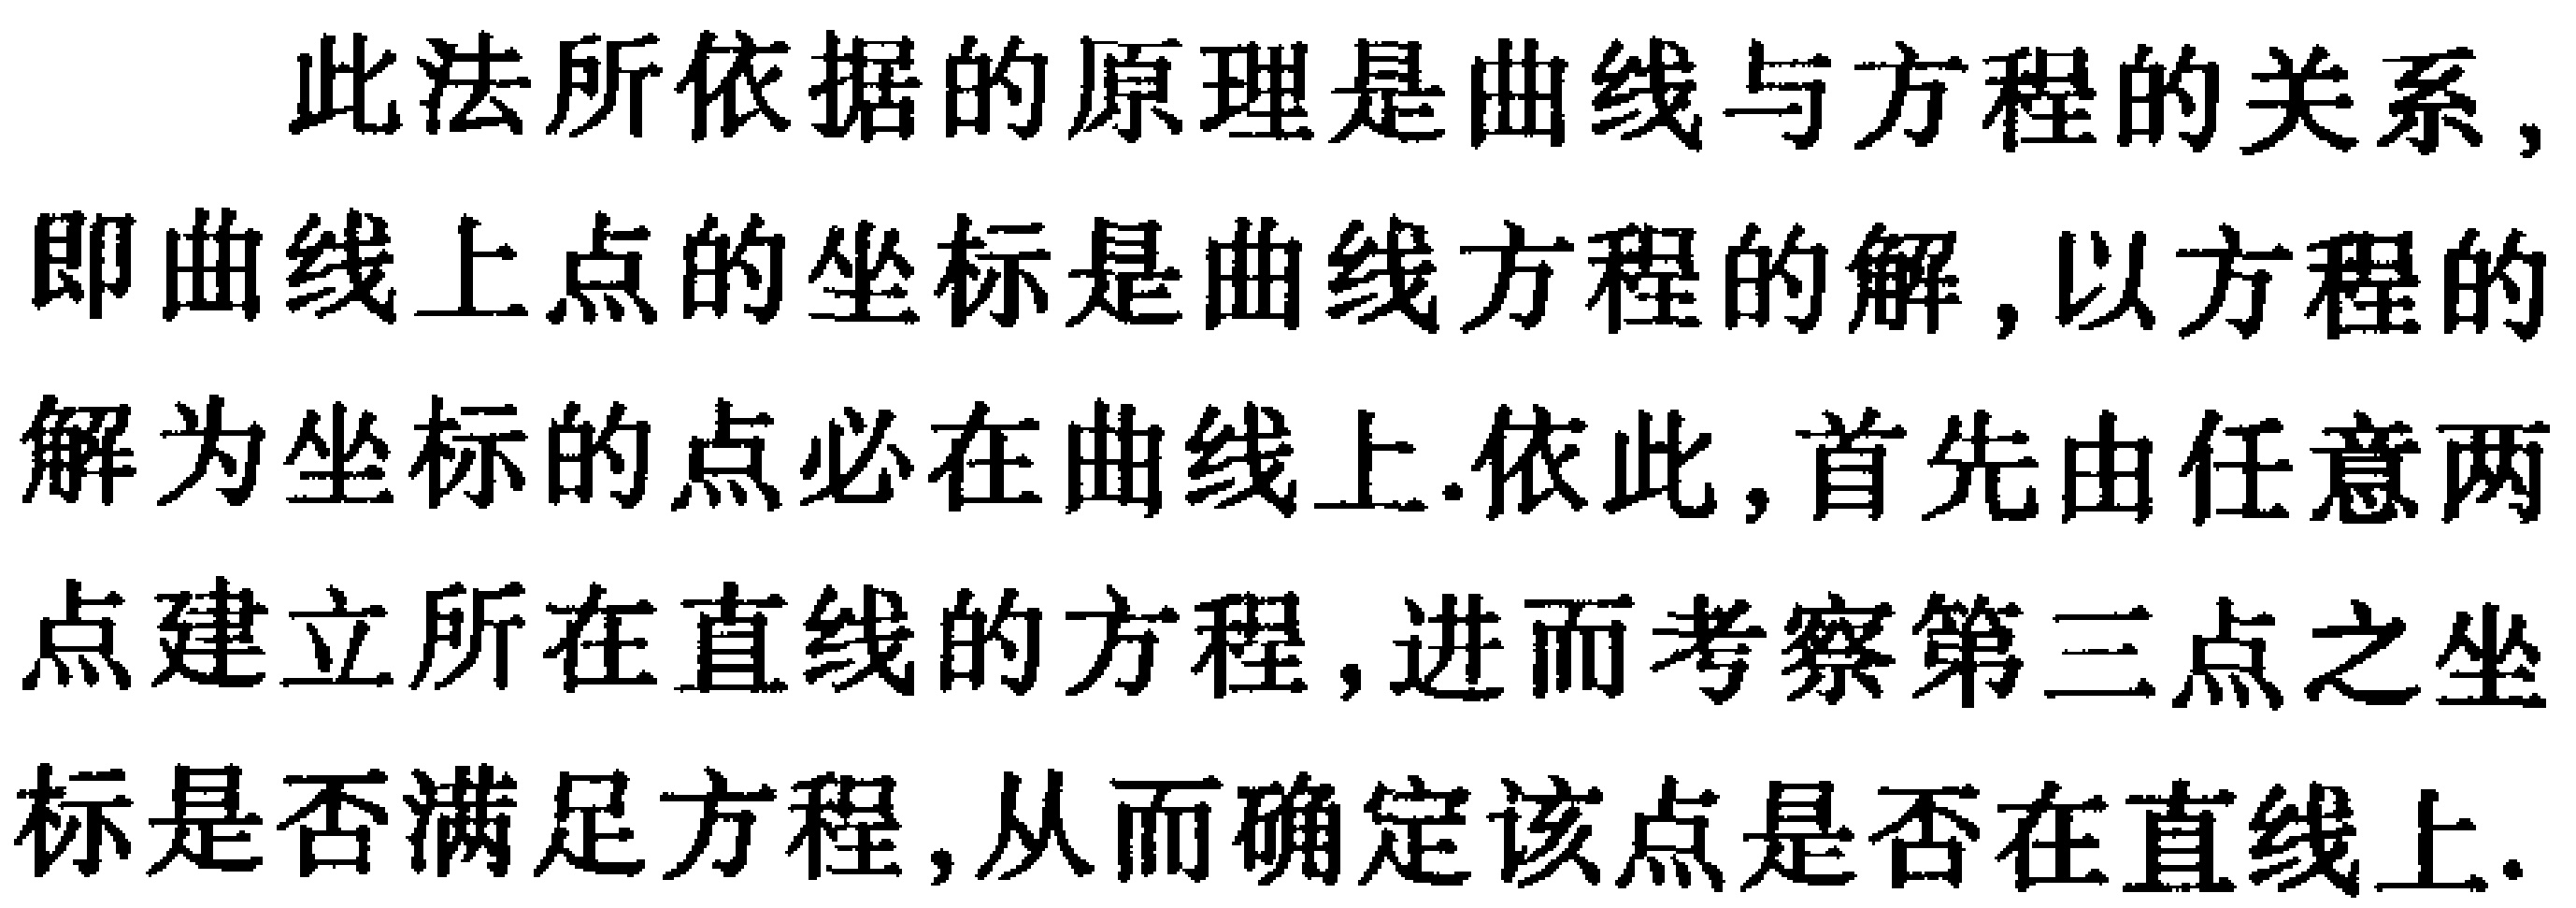
此法所依据的原理是曲线与方程的关系,即曲线上点的坐标是曲线方程的解,以方程的解为坐标的点必在曲线上.依此,首先由任意两点建立所在直线的方程,进而考察第三点之坐标是否满足方程,从而确定该点是否在直线上.